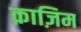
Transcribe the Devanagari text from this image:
क़ाज़िम